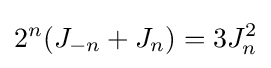
2^{n}(J_{-n}+J_{n})=3J_{n}^{2}